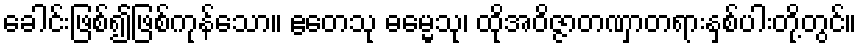
ခေါင်းဖြစ်၍ဖြစ်ကုန်သော။ ဧတေသု ဓမ္မေသု၊ ထိုအဝိဇ္ဇာတဏှာတရားနှစ်ပါးတို့တွင်။